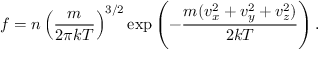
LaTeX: f = n \left( { \frac { m } { 2 \pi k T } } \right) ^ { 3 / 2 } \exp \left( { - { \frac { m ( v _ { x } ^ { 2 } + v _ { y } ^ { 2 } + v _ { z } ^ { 2 } ) } { 2 k T } } } \right) .